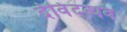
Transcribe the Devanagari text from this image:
देविंदत्थव